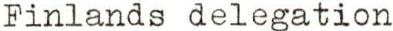
Finlands delegation